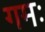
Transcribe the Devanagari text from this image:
गमः